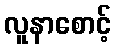
လူနာစောင့်